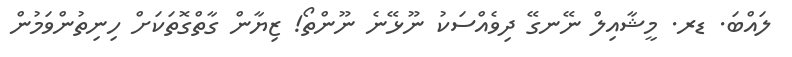
ލައްބަ. ޑރ. މީޝާއިލް ނޭނގޭ ދިވެއްސަކު ނޫޅޭނެ ނޫންތޯ! ޒިޔާން ގާތްގޮތަކަށް ހިނިތުންވަމުން